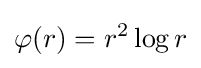
\varphi (r)=r^{2}\log r